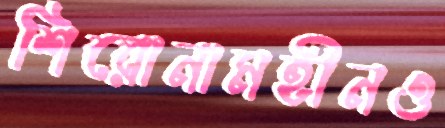
শিরোনামহীনও